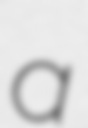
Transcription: a